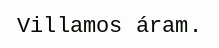
Villamos áram.